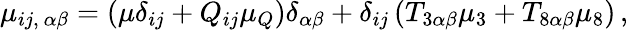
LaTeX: \mu_{ij,~\alpha\beta}=(\mu\delta_{ij}+Q_{ij}\mu_{Q})\delta_{\alpha\beta}+\delta_{ij}\left(T_{3\alpha\beta}\mu_{3}+T_{8\alpha\beta}\mu_{8}\right)\, ,